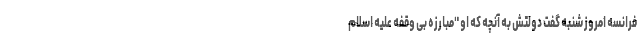
فرانسه امروز شنبه گفت دولتش به آنچه که او "مبارزه بی وقفه علیه اسلام